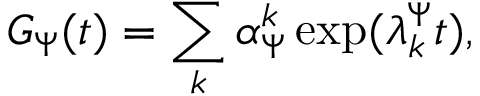
G _ { \Psi } ( t ) = \sum _ { k } \alpha _ { \Psi } ^ { k } \exp ( \lambda _ { k } ^ { \Psi } t ) ,